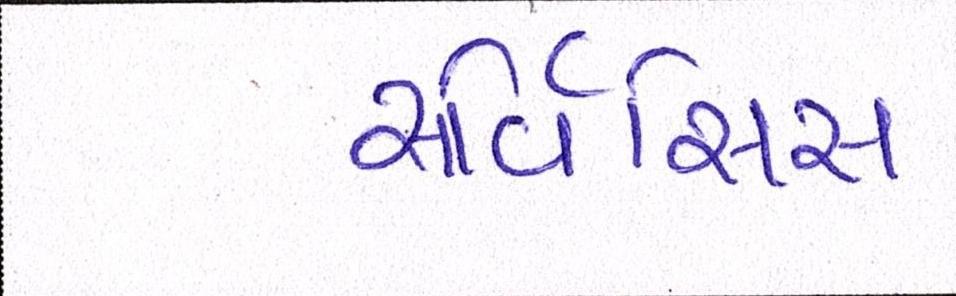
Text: સર્વિસિસ